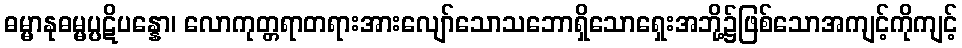
ဓမ္မာနုဓမ္မပ္ပဋိပန္နော၊ လောကုတ္တရာတရားအားလျော်သောသဘောရှိသောရှေးအဘို့၌ဖြစ်သောအကျင့်ကိုကျင့်